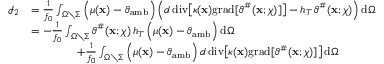
\begin{array} { r l } { \mathcal { I } _ { 2 } } & { = \frac { 1 } { f _ { 0 } } \int _ { \Omega \setminus \Sigma } \Big ( \mu ( \mathbf { x } ) - \vartheta _ { \mathrm { a m b } } \Big ) \, \Big ( d \, \mathrm { d i v } \big [ \kappa ( \mathbf { x } ) \mathrm { g r a d } [ \vartheta ^ { \# } ( \mathbf { x } ; \chi ) ] \big ] - h _ { T } \, \vartheta ^ { \# } ( \mathbf { x } ; \chi ) \Big ) \, \mathrm { d } \Omega } \\ & { = - \frac { 1 } { f _ { 0 } } \int _ { \Omega \setminus \Sigma } \vartheta ^ { \# } ( \mathbf { x } ; \chi ) \, h _ { T } \, \Big ( \mu ( \mathbf { x } ) - \vartheta _ { \mathrm { a m b } } \Big ) \, \mathrm { d } \Omega } \\ & { \qquad \qquad + \frac { 1 } { f _ { 0 } } \int _ { \Omega \setminus \Sigma } \Big ( \mu ( \mathbf { x } ) - \vartheta _ { \mathrm { a m b } } \Big ) \, d \, \mathrm { d i v } \big [ \kappa ( \mathbf { x } ) \mathrm { g r a d } [ \vartheta ^ { \# } ( \mathbf { x } ; \chi ) ] \big ] \, \mathrm { d } \Omega } \end{array}